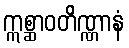
ဣစ္ဆာဝတိဏ္ဏာနံ